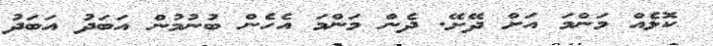
ކޮޅެއް މަންމަ އަށް ދޭށޭ. ދެން މަންމަ އެހެން ބުނުމުން އަބަދު އަބަދު